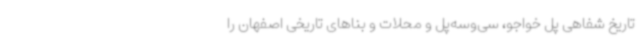
تاریخ شفاهی پل خواجو، سی‌وسه‌پل و محلات و بناهای تاریخی اصفهان را